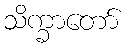
သိက္ခာတော်